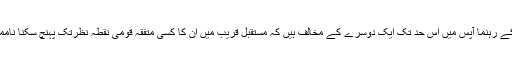
خود فلسطینی سیاسی تنظیمیں اور ان کے رہنما آپس میں اس حد تک ایک دوسرے کے مخالف ہیں کہ مستقبل قریب میں ان کا کسی متفقہ قومی نقطہ نظرتک پہنچ سکنا ناممکن نہیں تو انتہائی مشکل ضرور ہے۔